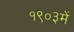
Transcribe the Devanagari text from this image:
१९०३में